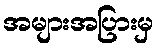
အများအပြားမှ